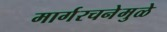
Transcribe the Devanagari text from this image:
मार्गरचनेमुळे